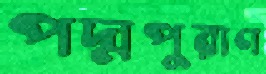
পদ্মপুরাণ